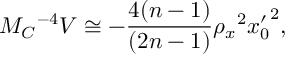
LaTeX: M _ { C } { } ^ { - 4 } V \cong - \frac { 4 ( n - 1 ) } { ( 2 n - 1 ) } \rho _ { x } { } ^ { 2 } { x _ { 0 } ^ { \prime } } ^ { 2 } ,